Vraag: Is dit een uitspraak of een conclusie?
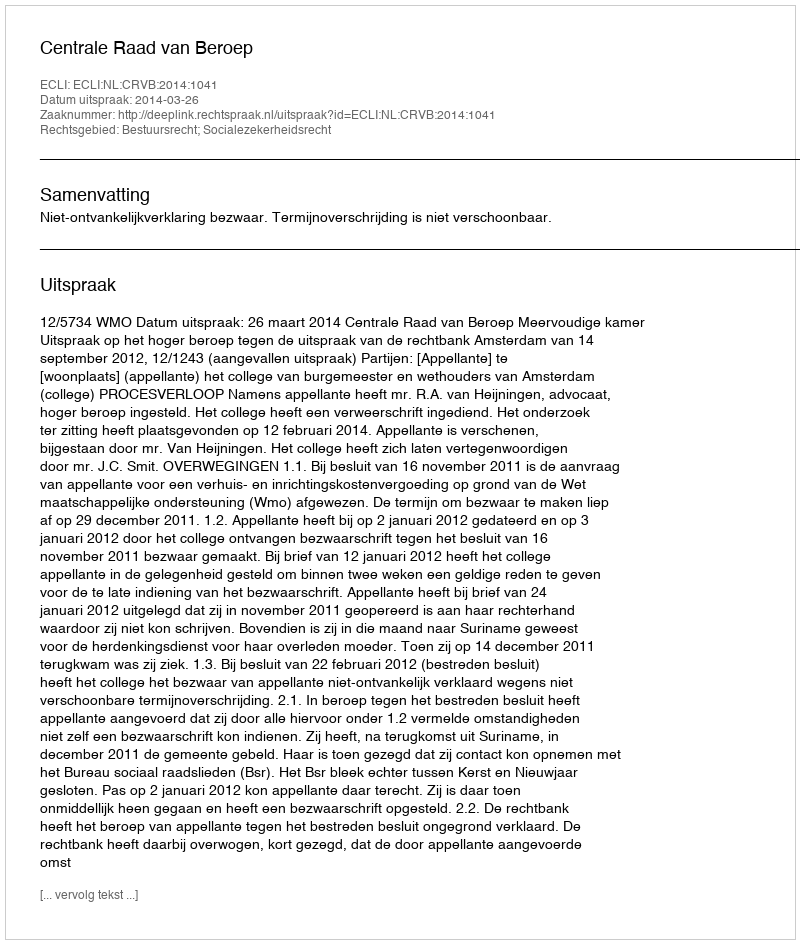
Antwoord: Uitspraak